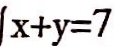
x + y = 7